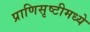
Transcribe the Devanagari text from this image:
प्राणिसृष्टीमध्ये